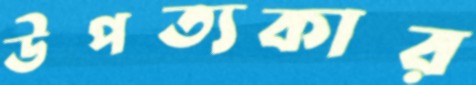
উপত্যকার